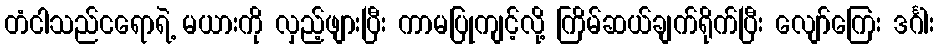
တံငါသည်ငရောရဲ့ မယားကို လှည့်ဖျားပြီး ကာမပြုကျင့်လို့ ကြိမ်ဆယ်ချက်ရိုက်ပြီး လျော်ကြေး ဒင်္ဂါး